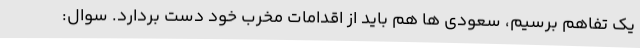
یک تفاهم برسیم، سعودی ها هم باید از اقدامات مخرب خود دست بردارد. سوال: